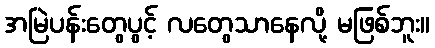
အမြဲပန်းတွေပွင့် လတွေသာနေလို့ မဖြစ်ဘူး။